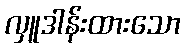
လှူဒါန်းထားသော